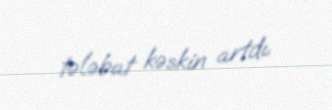
tələbat kəskin artdı.